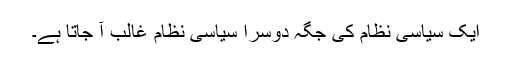
ایک سیاسی نظام کی جگہ دوسرا سیاسی نظام غالب آ جاتا ہے۔